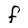
Character: f